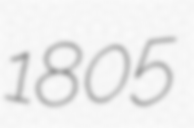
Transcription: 1805